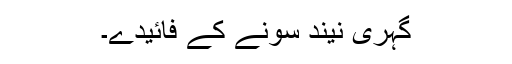
گہری نیند سونے کے فائیدے۔